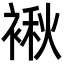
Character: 𮖝